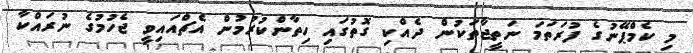
މި ކެމްޕޭނުގެ ފުރަތަމަ ނަތީޖާތަކުން ދެއްކި ގޮތުގައި ހިތާންކުރުމުން އެޗްއައިވީ ޖެހުމުގެ ނުރައްކާ